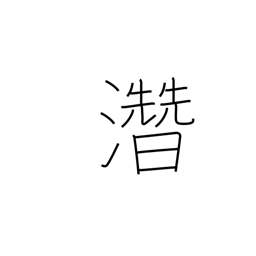
Meaning: hidden